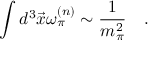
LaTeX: \int d ^ { 3 } \vec { x } \omega _ { \pi } ^ { ( n ) } \sim \frac { 1 } { m _ { \pi } ^ { 2 } } \quad .